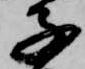
子